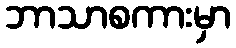
ဘာသာစကားမှာ